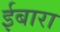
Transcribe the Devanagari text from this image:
ईबारा